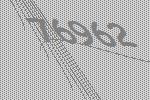
76962